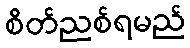
စိတ်ညစ်ရမည်